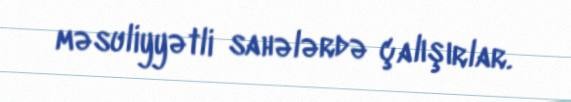
məsuliyyətli sahələrdə çalışırlar.